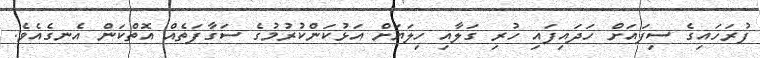
ފުރަހައިގެ ސިފައަށް ހަދައިފައި ހުރި ގަލާއި ހިލަޔަށް އަޅުކަންކުރުމުގެ ސަގާފަތެއް އޮތްކަން އެނގެއެވެ.